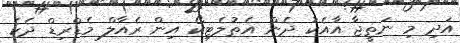
އަދި މި ނަތީޖާ އާއެކު ދެން އެތުލެޓިކޯ އިން ރެއާލް މެޑްރިޑް ދެކެ